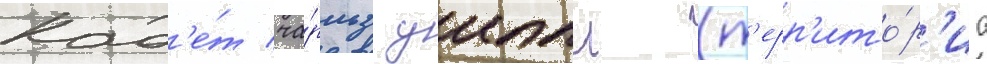
Кад'е́т ча́рльз уиппл (т'ерр'ито́р'иа